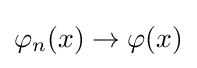
\varphi _{n}(x)\rightarrow \varphi (x)